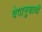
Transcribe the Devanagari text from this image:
वेदानुयायी